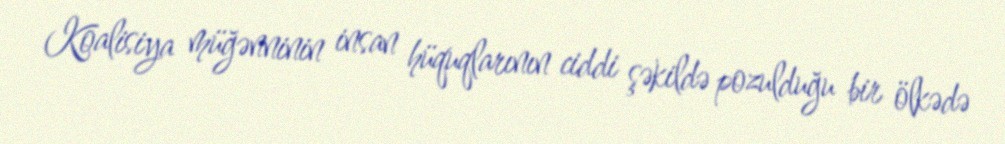
Koalisiya müğənninin insan hüquqlarının ciddi şəkildə pozulduğu bir ölkədə